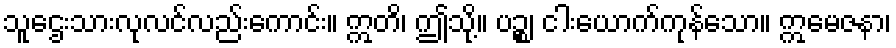
သူဌေးသားလုလင်လည်းကောင်း။ ဣတိ၊ ဤသို့။ ပဉ္စ၊ ငါးယောက်ကုန်သော။ ဣမေဇနာ၊